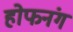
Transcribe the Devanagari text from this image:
होफनंग